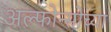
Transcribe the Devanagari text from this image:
अल्फोन्सोच्या